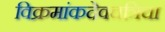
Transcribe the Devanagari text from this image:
विक्रमांकदेवचत्रिचा